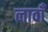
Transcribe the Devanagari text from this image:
लावाँ